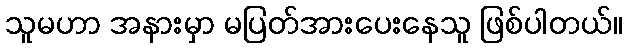
သူမဟာ အနားမှာ မပြတ်အားပေးနေသူ ဖြစ်ပါတယ်။